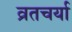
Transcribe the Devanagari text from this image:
व्रतचर्या